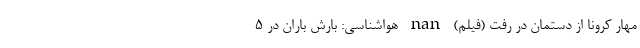
مهار کرونا از دستمان در رفت (فیلم) nan هواشناسی: بارش باران در 5